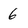
Character: 6